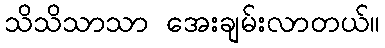
သိသိသာသာ အေးချမ်းလာတယ်။